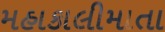
મહાકાલીમાતા